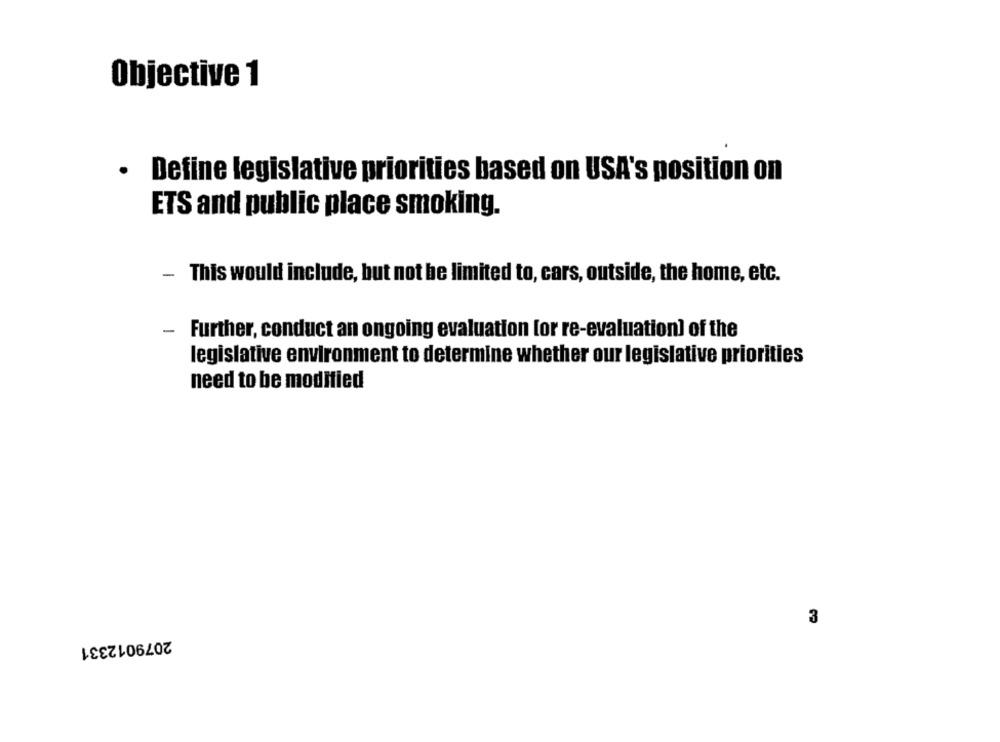
Objective 1
· Define legislative priorities based on USA's position on
ETS and public place smoking.
- This would include, but not be limited to, cars, outside, the home, etc.
- Further, conduct an ongoing evaluation [or re-evaluation) of the
legislative environment to determine whether our legislative priorities
need to be modified
3
2079012331